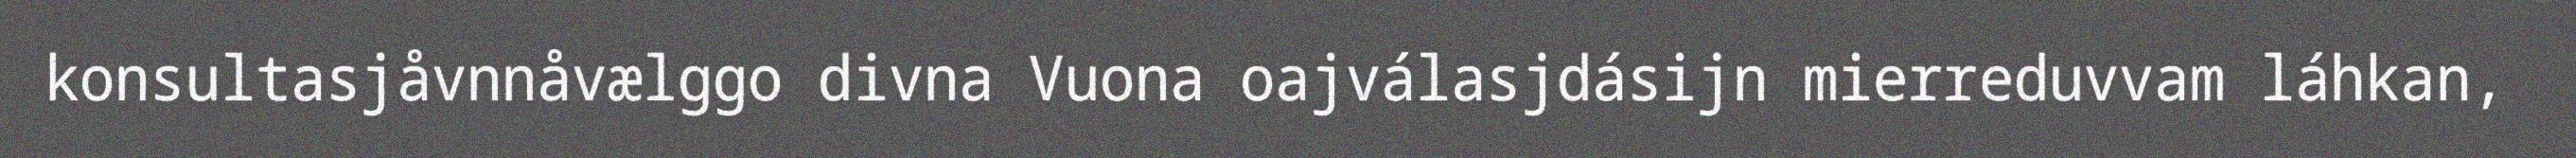
konsultasjåvnnåvælggo divna Vuona oajválasjdásijn mierreduvvam láhkan,